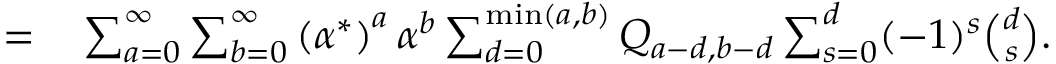
\begin{array} { r l } { = } & { { } \sum _ { a = 0 } ^ { \infty } \sum _ { b = 0 } ^ { \infty } \left( { \alpha ^ { * } } \right) ^ { a } \alpha ^ { b } \sum _ { d = 0 } ^ { \operatorname* { m i n } ( a , b ) } Q _ { a - d , b - d } \sum _ { s = 0 } ^ { d } ( - 1 ) ^ { s } { \binom { d } { s } } . } \end{array}